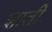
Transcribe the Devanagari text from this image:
शाती